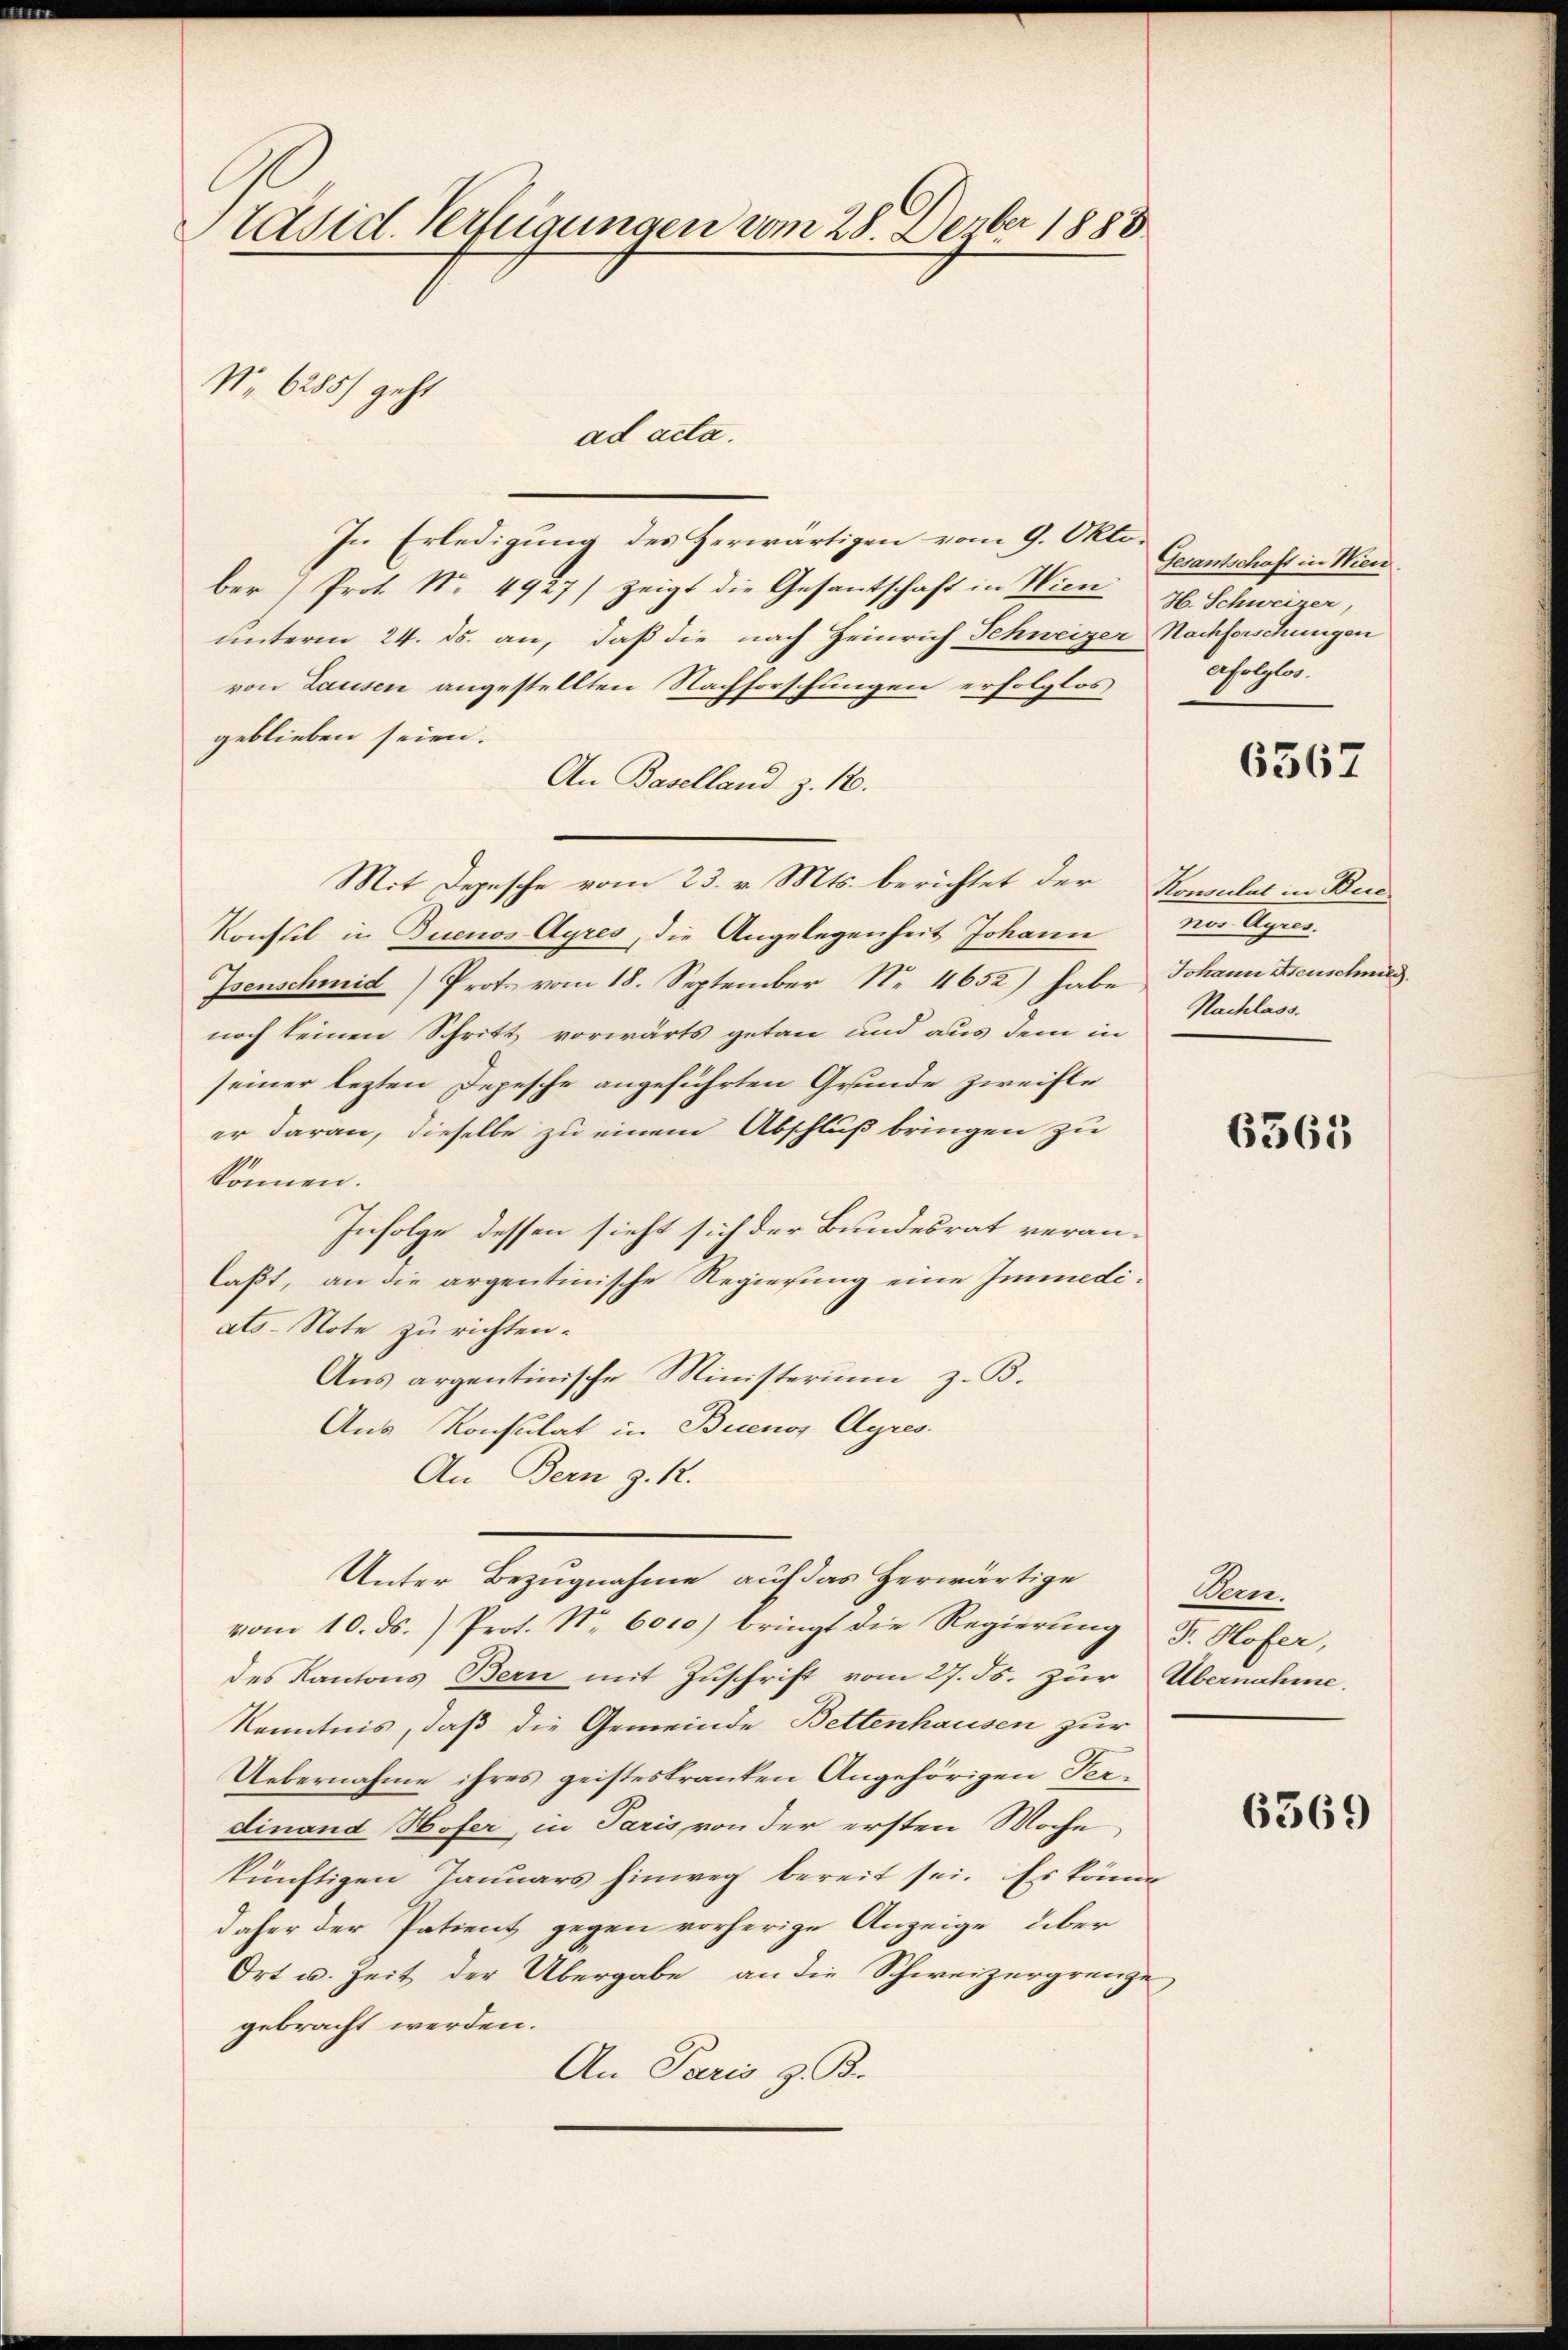
Präsid. Verfügungen vom 28. Dezbr 1888
No. 6285) geht
ad acta.

In Erledigung des Herwärtigen vom 9. Oktober Prot. Nr. 4927/ zeigt die Gesantschaft in Wien
unterm 24. ds. an, daß die nach Heinrich Schweizer Nachforschungen
von Lausen angestellten Nachforschungen erfolglos
geblieben seien.
An Baselland z. 18.
Mit Depesche vom 23. v. Mts. berichtet der Kopulat in Bere
Konstil in Buenos Ayres, die Angelegenheit Johann
Isenschmid) Proto vom 18. September Nr. 4652) habe Johann Freuschmid.
noch keinen Schritt vorwärts getan und aus dem in
seiner lezten Depesche angeführten Grunde zweifte
er daran, dieselbe zu einem Abschluß bringen zu
können.
Infolge dessen sieht sich der Bundesrat veranlaßt, an die argentinische Regierung eine Immediats-Note zu richten.
Aus argentinische Ministerium z. B.
Aus Konsulat in Buenos Ayres.
An Bern z. R.
Unter Bezugnahme auf das herwärtige
vom 10. ds.) Prot. Nr. 6010) bringt die Regierŭng Fr. Hofer,
des Kantons Bern mit Zuschrift vom 27. Js. zur Übernahme.
Kenntnis, daß die Gemeinde Bettenhausen zur
Uebernahme ihres geisteskranken Angehörigen Perdinand Hofer, in Paris von der ersten Woche
künftigen Januars hinweg bereit sei. Es könne
daher der Patient gegen vorherige Anzeige, über
Ort u. Zeit der Übergabe, an die Schweizergrenze
gebracht werden.
An Paris z. B.

Gesantschaft in Wien.
H. Schweizer,
erfolglos.

6567

ein Agen
Nachlass.

6365

Den.

6369